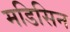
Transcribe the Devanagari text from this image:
मडिसिन